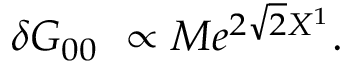
\delta G _ { 0 0 } \ \propto M e ^ { 2 \sqrt 2 X ^ { 1 } } .